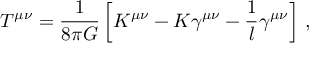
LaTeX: T ^ { \mu \nu } = \frac { 1 } { 8 \pi G } \left[ K ^ { \mu \nu } - K \gamma ^ { \mu \nu } - \frac 1 l \gamma ^ { \mu \nu } \right] \, ,